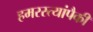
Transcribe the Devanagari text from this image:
हमरस्त्यांपैकी